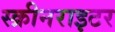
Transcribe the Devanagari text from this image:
स्क्रीनराइटर